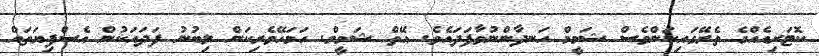
ކޮޓަރިއެއްގެ ތެރޭގައިކަންވެސް ޝަމީމް ހަނދާންނުވާފަދައެވެ. އޭތް ޝަމީމް. ހަމަހޭވެރިކަން ލިބުނު ފަދައަކުން އެސްފިޔަތައް